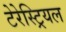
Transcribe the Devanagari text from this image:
टेरेस्‍ट्रियल